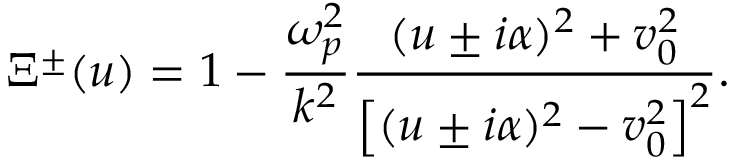
\Xi ^ { \pm } ( u ) = 1 - \frac { \omega _ { p } ^ { 2 } } { k ^ { 2 } } \frac { ( u \pm i \alpha ) ^ { 2 } + v _ { 0 } ^ { 2 } } { \left[ ( u \pm i \alpha ) ^ { 2 } - v _ { 0 } ^ { 2 } \right] ^ { 2 } } .